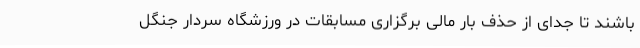
باشند تا جدای از حذف بار مالی برگزاری مسابقات در ورزشگاه سردار جنگل